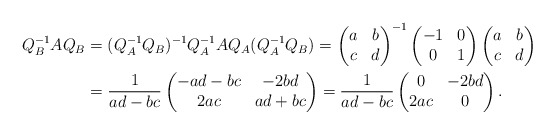
\begin{align*}Q_B^{-1}AQ_B & =(Q_A^{-1}Q_B)^{-1} Q_A^{-1}AQ_A (Q_A^{-1}Q_B) =\begin{pmatrix}a & b \\c & d\end{pmatrix}^{-1}\begin{pmatrix}-1 & 0\\0 & 1\end{pmatrix}\begin{pmatrix}a & b\\c & d\end{pmatrix}\\& =\frac{1}{ad-bc}\begin{pmatrix}-ad-bc & -2bd\\2ac & ad+bc\end{pmatrix}=\frac{1}{ad-bc}\begin{pmatrix}0 & -2bd\\2ac & 0\end{pmatrix}.\end{align*}